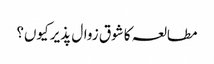
مطالعہ کا شوق زوال پذیر کیوں؟